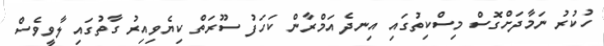
ހުކުރު ނަމާދަށްގޮސް މިސްކިތުގައި އިނދެ އަމްރާން ކަހަފު ސޫރަތް ކިޔެވިއިރު ގާތުގައި ލާވީވެސް